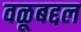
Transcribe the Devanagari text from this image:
वळूबद्दल